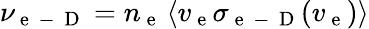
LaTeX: \nu_{\mathrm{~e~}\mathrm{~-~}\mathrm{~D~}}=n_{\mathrm{~e~}}\left\langle v_{\mathrm{~e~}}\sigma_{\mathrm{~e~}\mathrm{~-~}\mathrm{~D~}}(v_{\mathrm{~e~}})\right\rangle